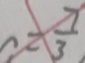
= \frac { 7 } { 3 }